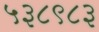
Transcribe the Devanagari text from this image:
५३८९८३